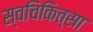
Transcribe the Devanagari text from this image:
स्वचिकित्सा